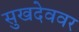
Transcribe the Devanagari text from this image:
सुखदेववर